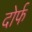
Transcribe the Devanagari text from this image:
दोर्फ